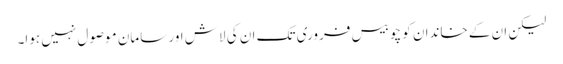
لیکن ان کے خاندان کو چوبیس فروری تک ان کی لاش اور سامان موصول نہیں ہوا۔